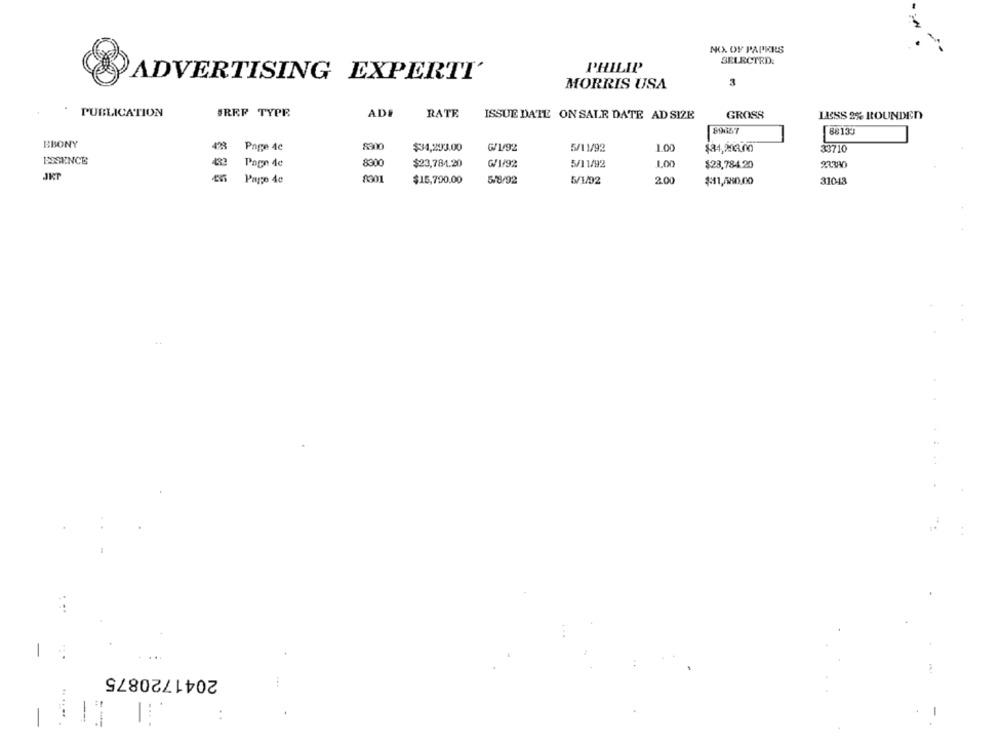
NO. OF PAPRI'S
SELECTED:
PHILIP
ADVERTISING EXPERTI'
3
MORRIS USA
BREF TYPE
PUBLICATION
AD#
RATE
ISSUE DATE ON SALE DATE AD SIZE
GROSS
LESS 2% ROUNDED
89657
88133
BBONY
Page 4c
$34,203.00
₲/1/92
5/11/92
$34,213.00
33710
ESSENCE
432
Page 4c
8300
$23,784.20
~/1/92
5/11/92
1.00
$23,784.20
23380
JKT
8301
Page 40
$15,790.00
5/8/92
5/1/02
2.00
$11,5890,00
31043
2041720875
:
...
-